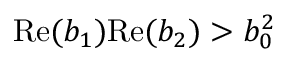
\mathrm { R e } ( b _ { 1 } ) \mathrm { R e } ( b _ { 2 } ) > b _ { 0 } ^ { 2 }